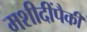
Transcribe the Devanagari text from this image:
मशीदींपैकी